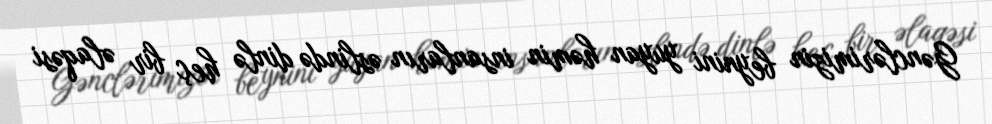
Gənclərimizin beynini yuyan həmin insanların əslində dinlə heç bir əlaqəsi